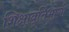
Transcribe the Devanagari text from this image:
शिक्षावृतिभोगी